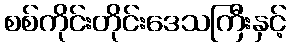
စစ်ကိုင်းတိုင်းဒေသကြီးနှင့်